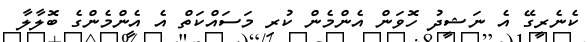
ކެނެރީގޭ އެ ނަޝީދު ހޮވަން އެންމެން ކުރި މަސައްކަތް އެ އެންމެންގެ ބޮލާލާ